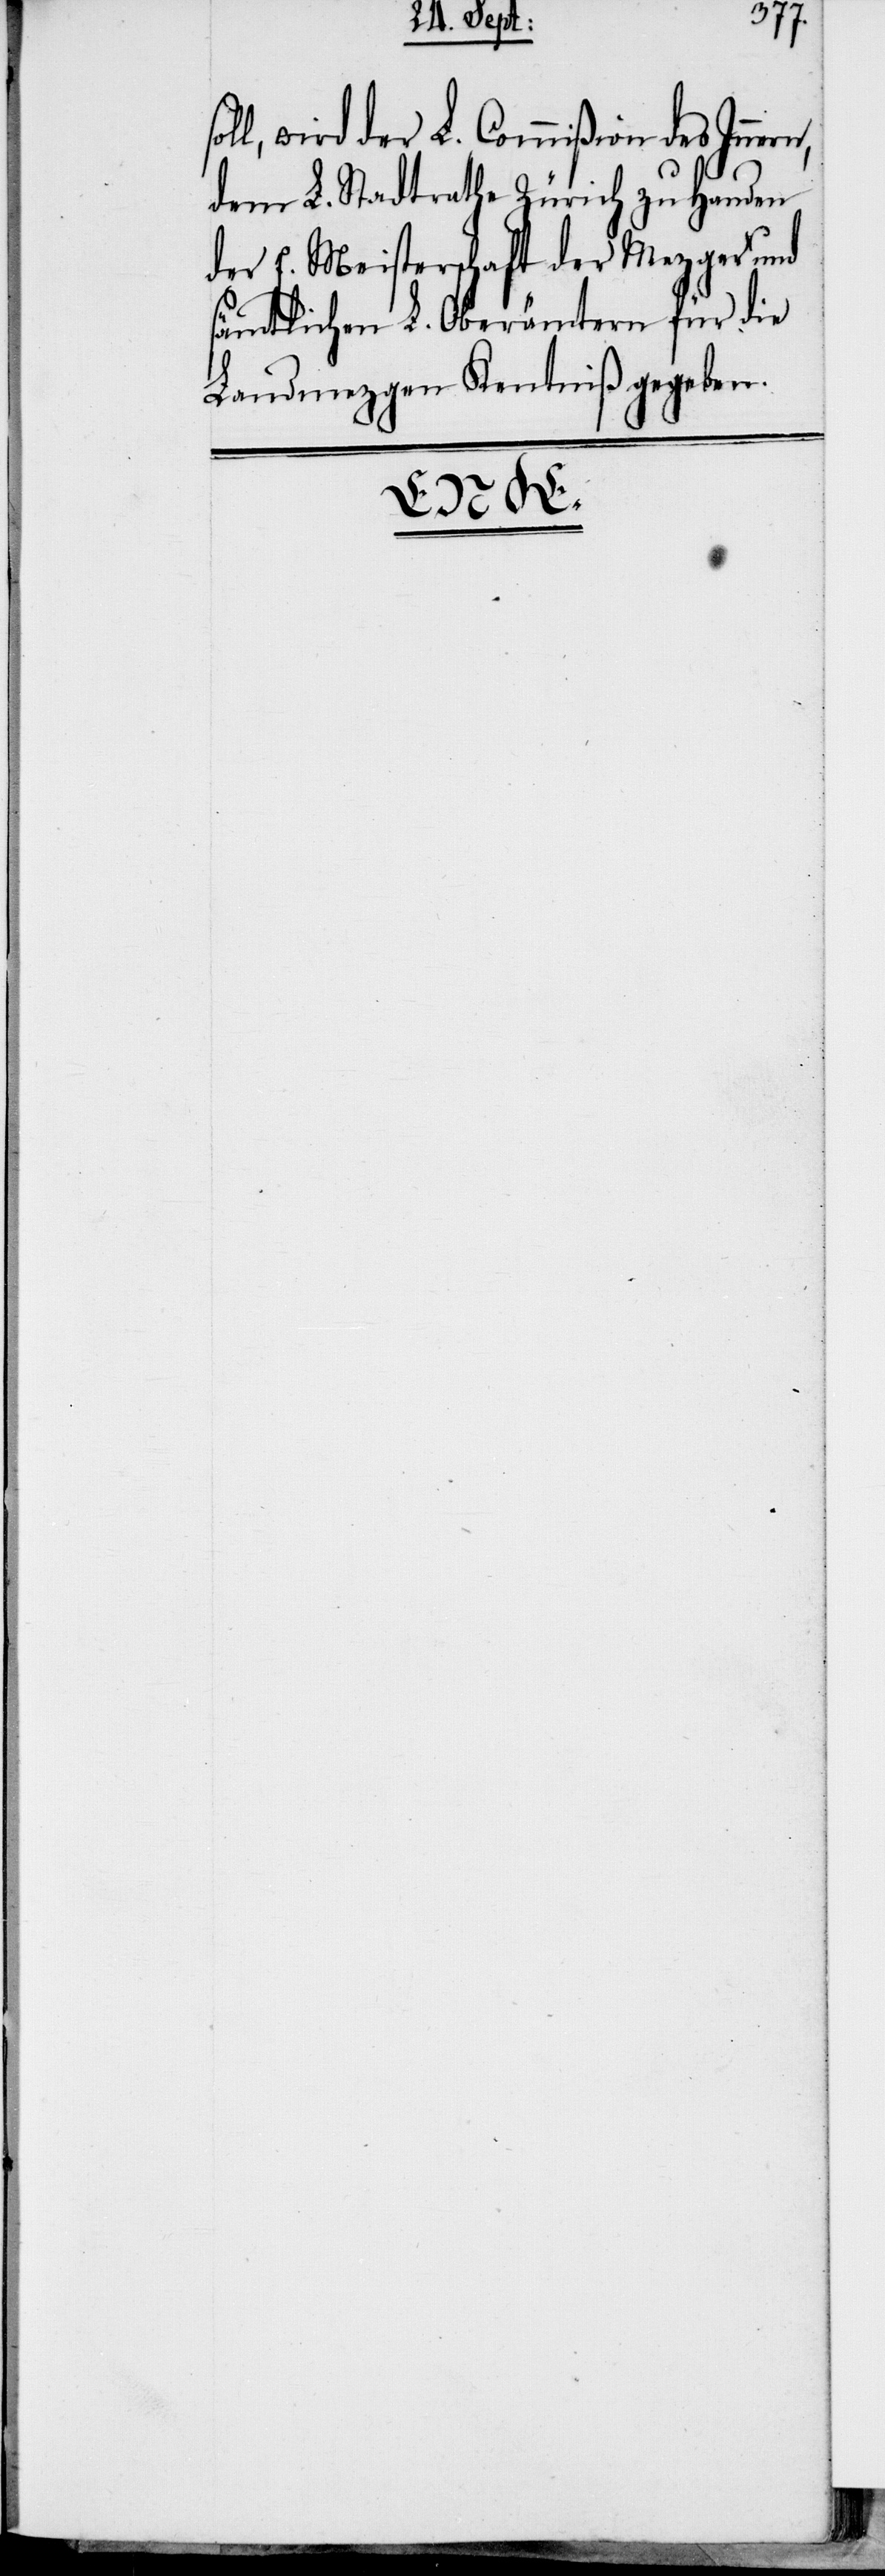
so¬
ll, wird der L. Commißion des
dem L. Stadtrathe Zürich zu Handen
der E. Meisterschaft der Mezger und
sämtlichen L. Oberämtern für die
Landmezgen Kenntniß gegeben.